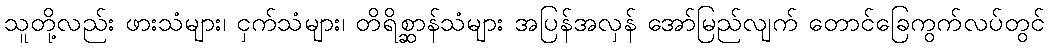
သူတို့လည်း ဖားသံများ၊ ငှက်သံများ၊ တိရိစ္ဆာန်သံများ အပြန်အလှန် အော်မြည်လျက် တောင်ခြေကွက်လပ်တွင်